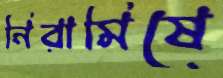
নিরামিষে